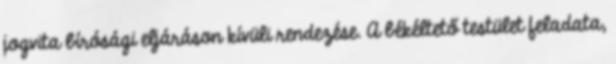
jogvita bírósági eljáráson kívüli rendezése. A békéltető testület feladata,